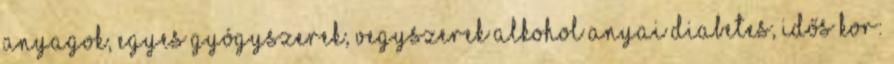
anyagok, egyes gyógyszerek, vegyszerek alkohol anyai diabetes, idős kor: